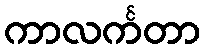
ကာလင်္ကတာ